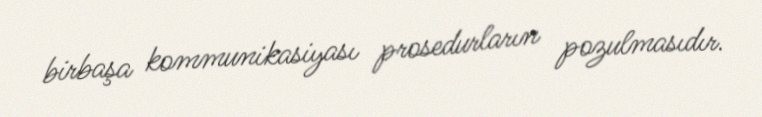
birbaşa kommunikasiyası prosedurların pozulmasıdır.